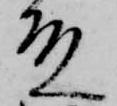
殿